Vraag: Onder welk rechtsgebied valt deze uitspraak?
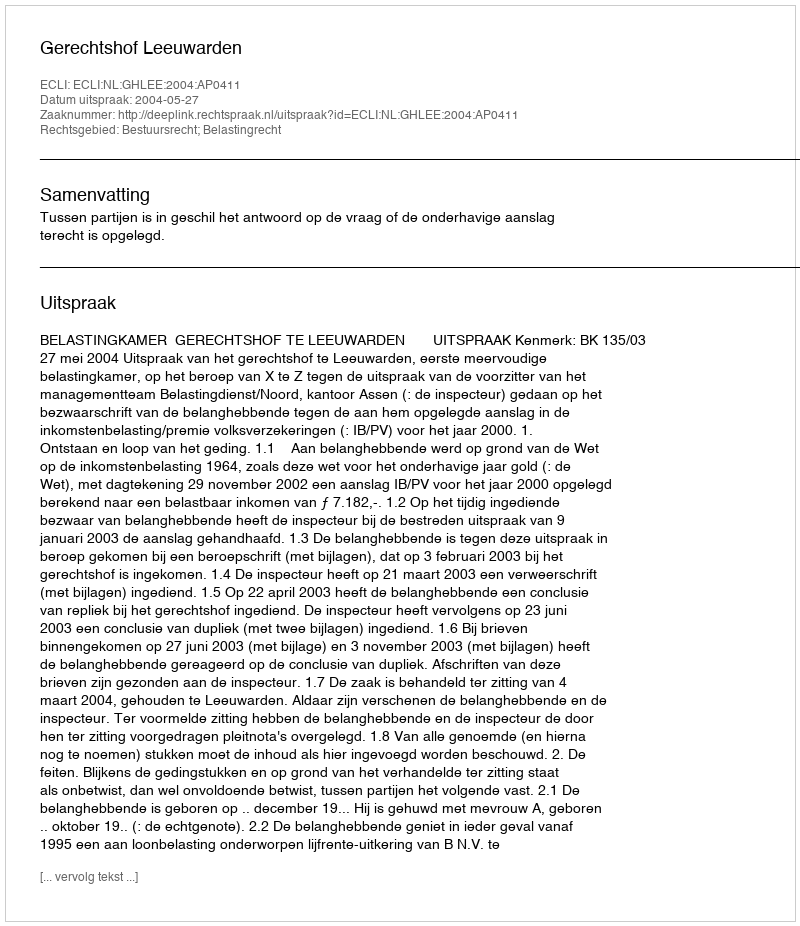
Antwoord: Bestuursrecht; Belastingrecht